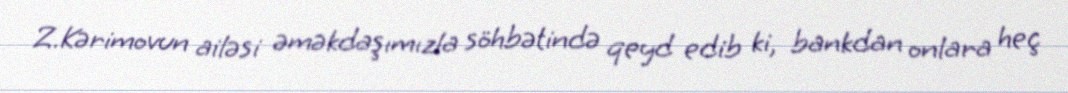
Z.Kərimovun ailəsi əməkdaşımızla söhbətində qeyd edib ki, bankdan onlara heç